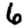
Digit: 6